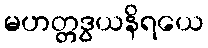
မဟတ္တဒွယနိရယေ